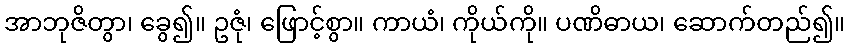
အာဘုဇိတွာ၊ ခွေ၍။ ဥဇုံ၊ ဖြောင့်စွာ။ ကာယံ၊ ကိုယ်ကို။ ပဏိဓာယ၊ ဆောက်တည်၍။